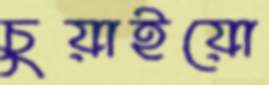
চুয়াইয়ো